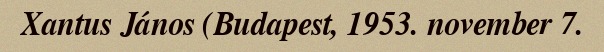
Xantus János (Budapest, 1953. november 7.